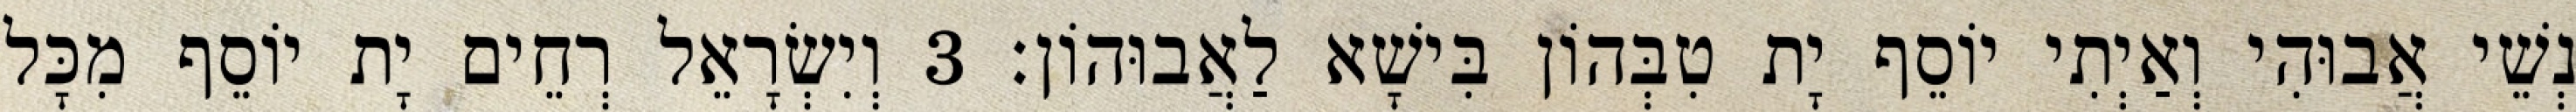
נְשֵׁי אֲבוּהִי וְאַיְתִי יוֹסֵף יָת טִבְּהוֹן בִּישָׁא לַאֲבוּהוֹן׃ 3 וְיִשְׂרָאֵל רְחֵים יָת יוֹסֵף מִכָּל